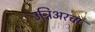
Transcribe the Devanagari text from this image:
उन्निअरचा